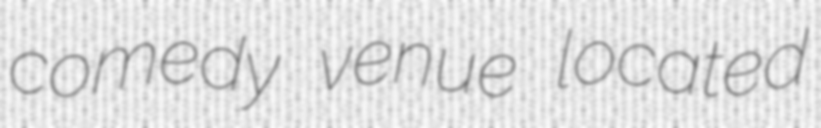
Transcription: comedy venue located